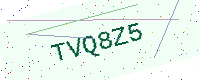
Text: TVQ8Z5